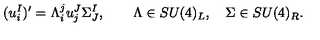
( u _ { i } ^ { I } ) ^ { \prime } = \Lambda _ { i } ^ { j } u _ { j } ^ { J } \Sigma _ { J } ^ { I } , \qquad \Lambda \in { S U } ( 4 ) _ { L } , \quad \Sigma \in { S U } ( 4 ) _ { R } .